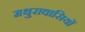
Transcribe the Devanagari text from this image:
मथुरावासियों